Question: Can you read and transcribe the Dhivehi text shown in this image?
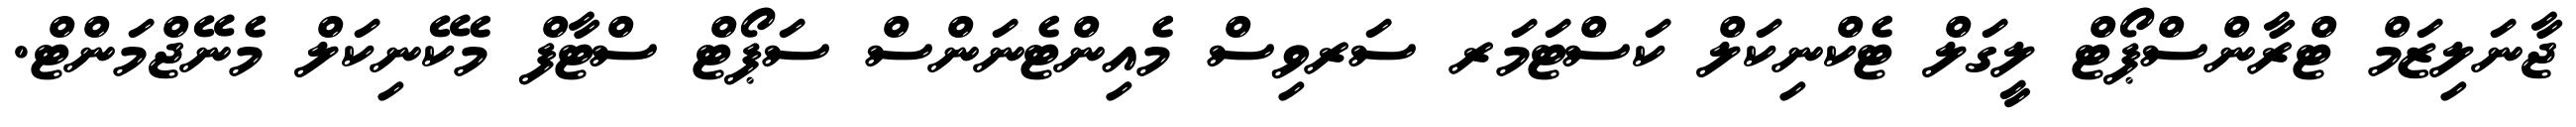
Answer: ޖާނަލިޒަމް ޓްރާންސްޕޯޓް ލީގަލް ޓެކްނިކަލް ކަސްޓަމަރ ސަރވިސް މެއިންޓެނަންސް ސަޕޯޓް ސްޓާފް މެކޭނިކަލް މެނޭޖްމަންޓް.